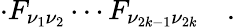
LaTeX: \cdot F_{\nu_{1}\nu_{2}}\cdots F_{\nu_{2k-1}\nu_{2k}}\quad.